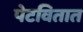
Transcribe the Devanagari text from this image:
पेटवितात